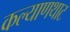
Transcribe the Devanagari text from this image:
कल्याणथाट